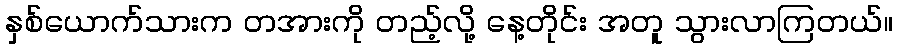
နှစ်ယောက်သားက တအားကို တည့်လို့ နေ့တိုင်း အတူ သွားလာကြတယ်။